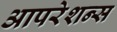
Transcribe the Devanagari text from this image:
आपरेशन्स